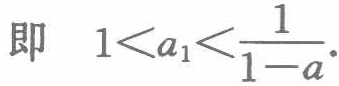
即 \(1 < a_{1} < \frac{1}{1 - a}\)